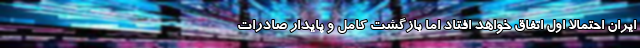
ایران احتمالا اول اتفاق خواهد افتاد اما بازگشت کامل و پایدار صادرات